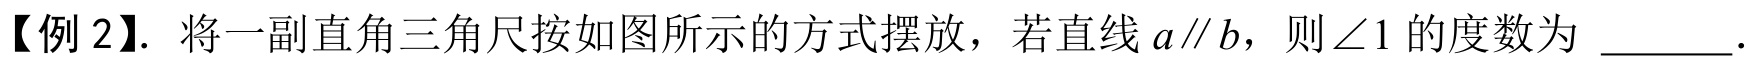
【例 2】. 将一副直角三角尺按如图所示的方式摆放，若直线\(a\parallel b\)，则\(\angle 1\)的度数为 \underline{\quad\;\;}.